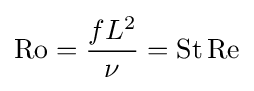
\mathrm {Ro} ={fL^{2} \over \nu }=\mathrm {St} \,\mathrm {Re}